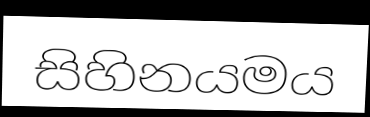
සිහිනයමය